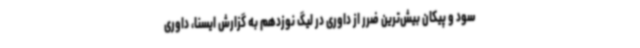
سود و پیکان بیش‌ترین ضرر از داوری در لیگ نوزدهم به گزارش ایسنا، داوری